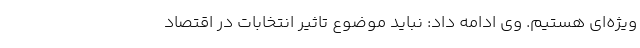
ویژه‌ای هستیم. وی ادامه داد: نباید موضوع تاثیر انتخابات در اقتصاد